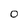
Character: 0